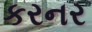
કરનર